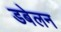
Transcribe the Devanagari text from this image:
डबेलन